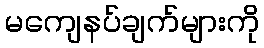
မကျေနပ်ချက်များကို